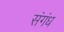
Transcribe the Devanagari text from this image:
संगंध